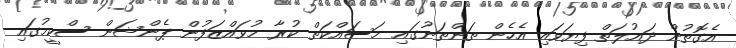
އެގޮތުން ދައުލަތް ފިޔަވައި އެހެން ތަންތަނުގައި މަސައްކަތް ކުރާ މުވައްޒަފުން ޕެންޝަން ސްކީމުގައި